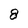
Character: 8